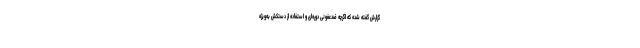
گزارش گفته شده که اگرچه ضدعفونی دوره‌ای و استفاده از دستکش به‌ویژه